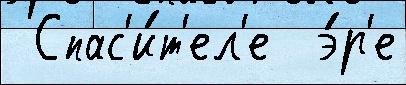
 Спас'и́т'ел'е  э́р'е